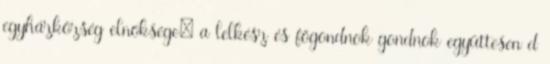
egyházközség elnöksége: a lelkész és főgondnok gondnok együttesen d